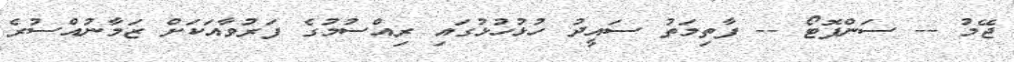
ޖޭމު -- ސަންފޮޓޯ -- ފާތިމަތު ސައީދު ހުޅުހުޅުގައި ރިއްސުމުގެ ފަރުވާއަކަށް ޒަމާނުއްސުރެ